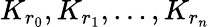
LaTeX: K_{r_{0}},K_{r_{1}},\ldots,K_{r_{n}}